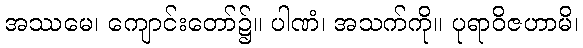
အဿမေ၊ ကျောင်းတော်၌။ ပါဏံ၊ အသက်ကို။ ပုရာဝိဇဟာမိ၊